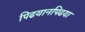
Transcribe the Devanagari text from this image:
पिढयानपिढया